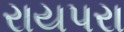
રાયપરા